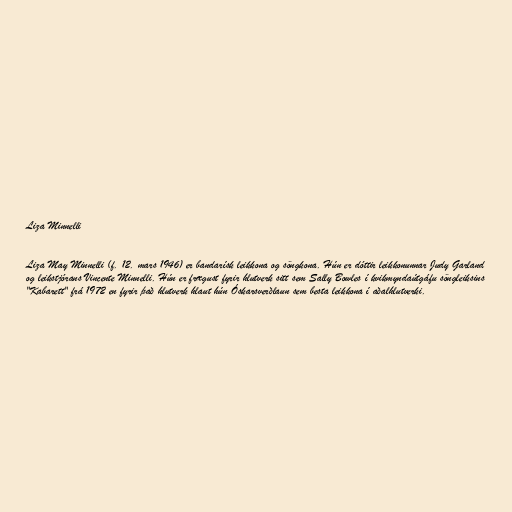
Liza Minnelli

Liza May Minnelli (f. 12. mars 1946) er bandarísk leikkona og söngkona. Hún er dóttir leikkonunnar Judy Garland
og leikstjórans Vincente Minnelli. Hún er frægust fyrir hlutverk sitt sem Sally Bowles í kvikmyndaútgáfu söngleiksins
"Kabarett" frá 1972 en fyrir það hlutverk hlaut hún Óskarsverðlaun sem besta leikkona í aðalhlutverki.